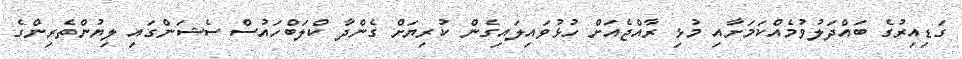
ގަޑިއިރުގެ ބައްދަލުވުމެއްކަމަށާއި މުޅި ރާއްޖެއަށް ހުޅުވައިލައިގެން ކުރިޔަށް ގެންދާ ކްލަބްހައުސް ސެޝަންގައި ލިޔުންތެރިންގެ